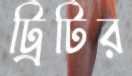
ট্রিটির